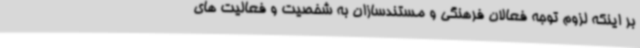
بر اینکه لزوم توجه فعالان فرهنگی و مستندسازان به شخصیت و فعالیت های